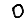
Digit: 0